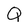
Character: Q